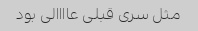
مثل سری قبلی عاااالی بود